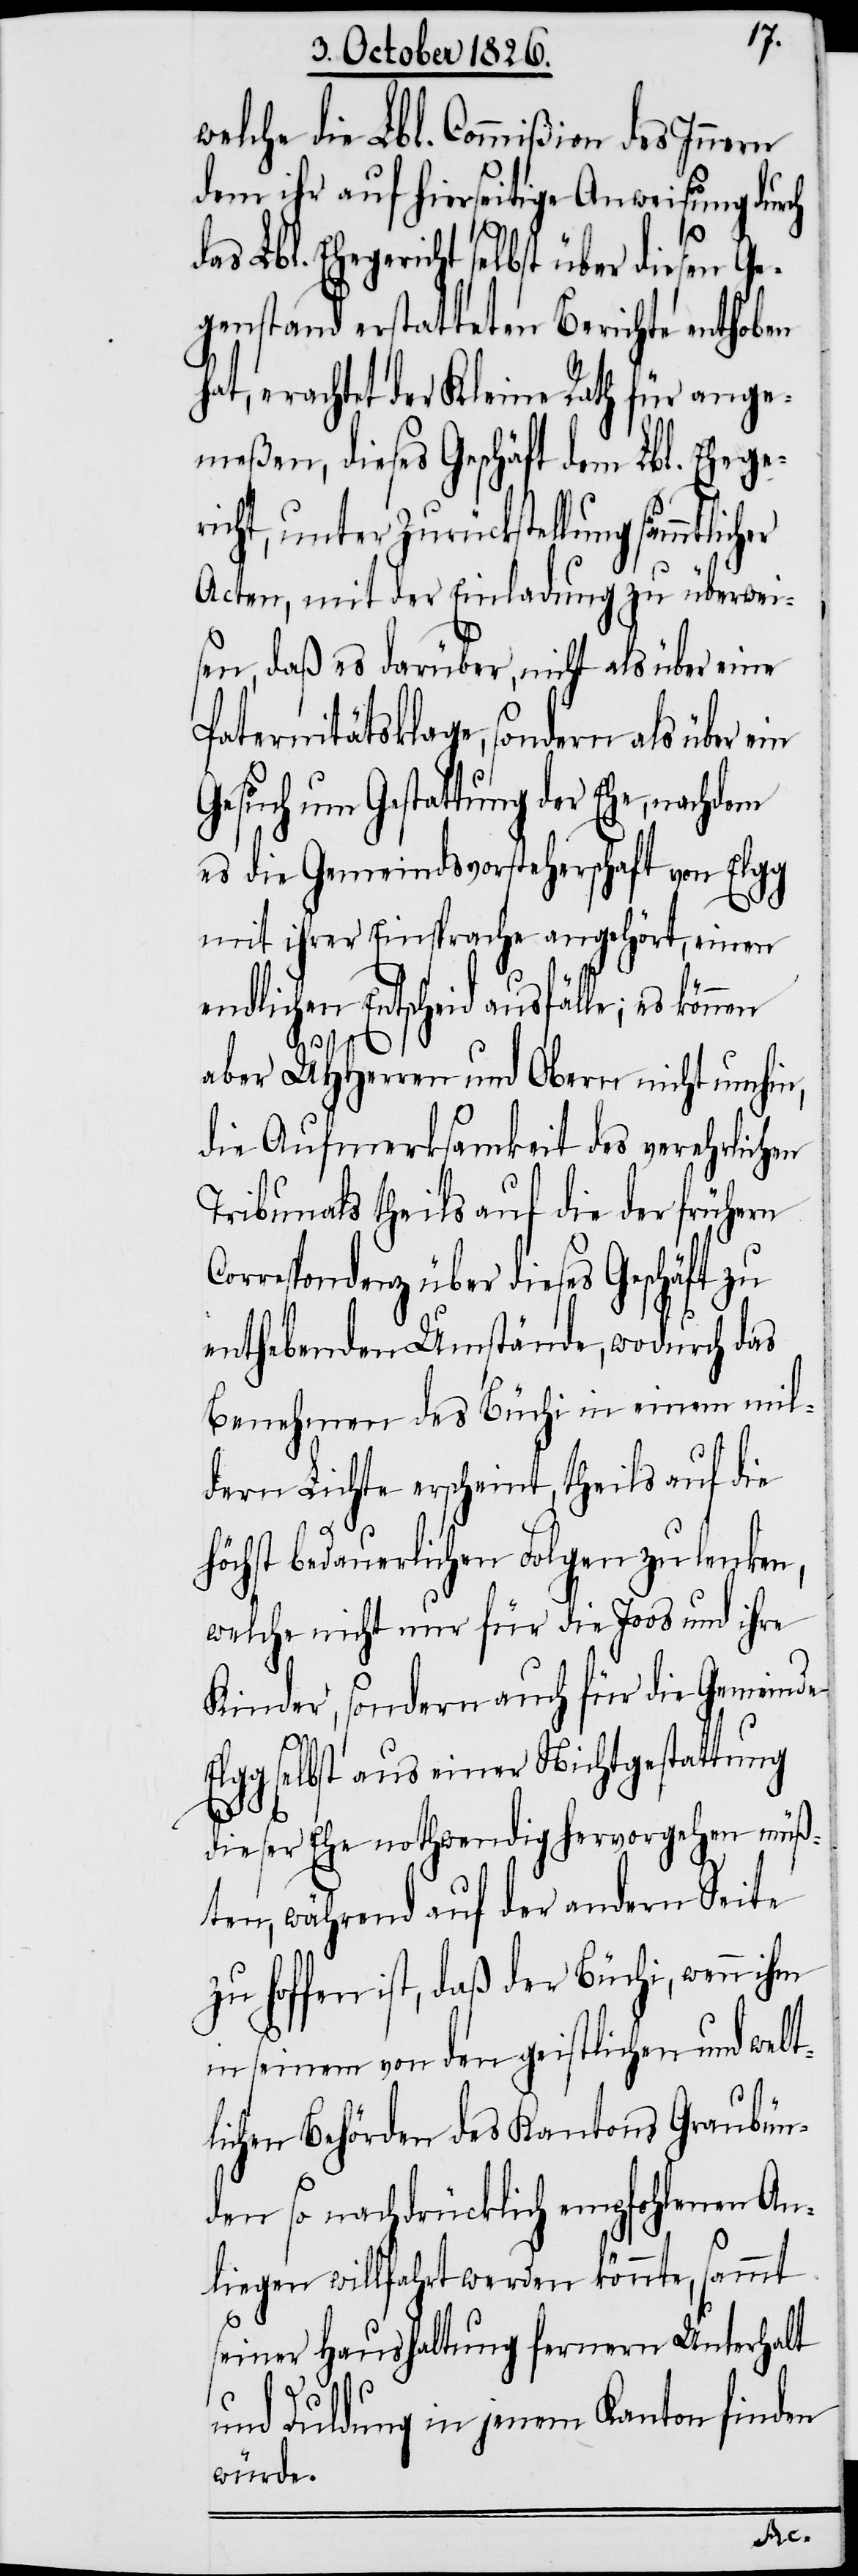
welche die Lbl. Commißion des Innern
dem ihr auf hierseitige Anweisung durch
gericht selbst über diesen Ge¬
genstand erstatteten Berichte enthoben
hat, erachtet der Kleine Rath für ange¬
meßen, dieses Geschäft dem Lbl. Ehege¬
richt, unter Zurückstellung sämmtlich¬
Acten, mit der Einladung zu überwei¬
sen, daß es darüber, nicht als über eine
Paternitätsklage, sondern als über ein
Gesuch um Gestattung der Ehe,
es die Gemeindsvorsteherschaft von Elgg
mit ihrer Einsprache angehört, einen
endlichen Entscheid ausfälle; es können
aber MHHerren und Obern nicht umhin,
die Aufmerksamkeit des verehrlichen
Tribunals theils auf die der frühern
rrespondenz über dieses Geschäft zu
enthebenden Umstände, wodurch das
Benehmen des Büchi in einem mil¬
dern Lichte erscheint, theils auf die
höchst bedauerlichen Folgen zu lenken,
welche nicht nur für die Joos und ihre
Kinder, sondern auch für die Gemeinde
Elgg selbst aus einer Nichtgestattung
dieser Ehe nothwendig hervorgehen müß¬
ten, während auf der andern Seite
zu hoffen ist, daß der Büchi, wenn ihm
in seinem von den geistlichen und welt¬
lichen Behörden des Kantons Graubün¬
den so nachdrücklich empfohlenen An¬
liegen willfahrt werden könnte, sammt
Co¬
seiner Haushaltung fernern Unterhalt
und Duldung in jenem Kanton finden
würde.
Ehe¬